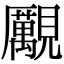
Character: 𧢝